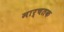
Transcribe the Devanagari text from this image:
मार्चतक